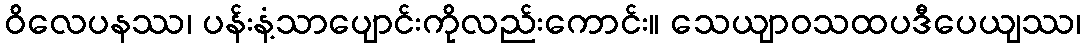
ဝိလေပနဿ၊ ပန်းနံ့သာပျောင်းကိုလည်းကောင်း။ သေယျာဝသထပဒီပေယျဿ၊